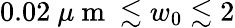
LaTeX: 0.02\mathrm{~}\mu\mathrm{~m~}\lesssim w_{0}\lesssim 2